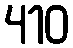
410